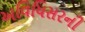
અવિધિસરની